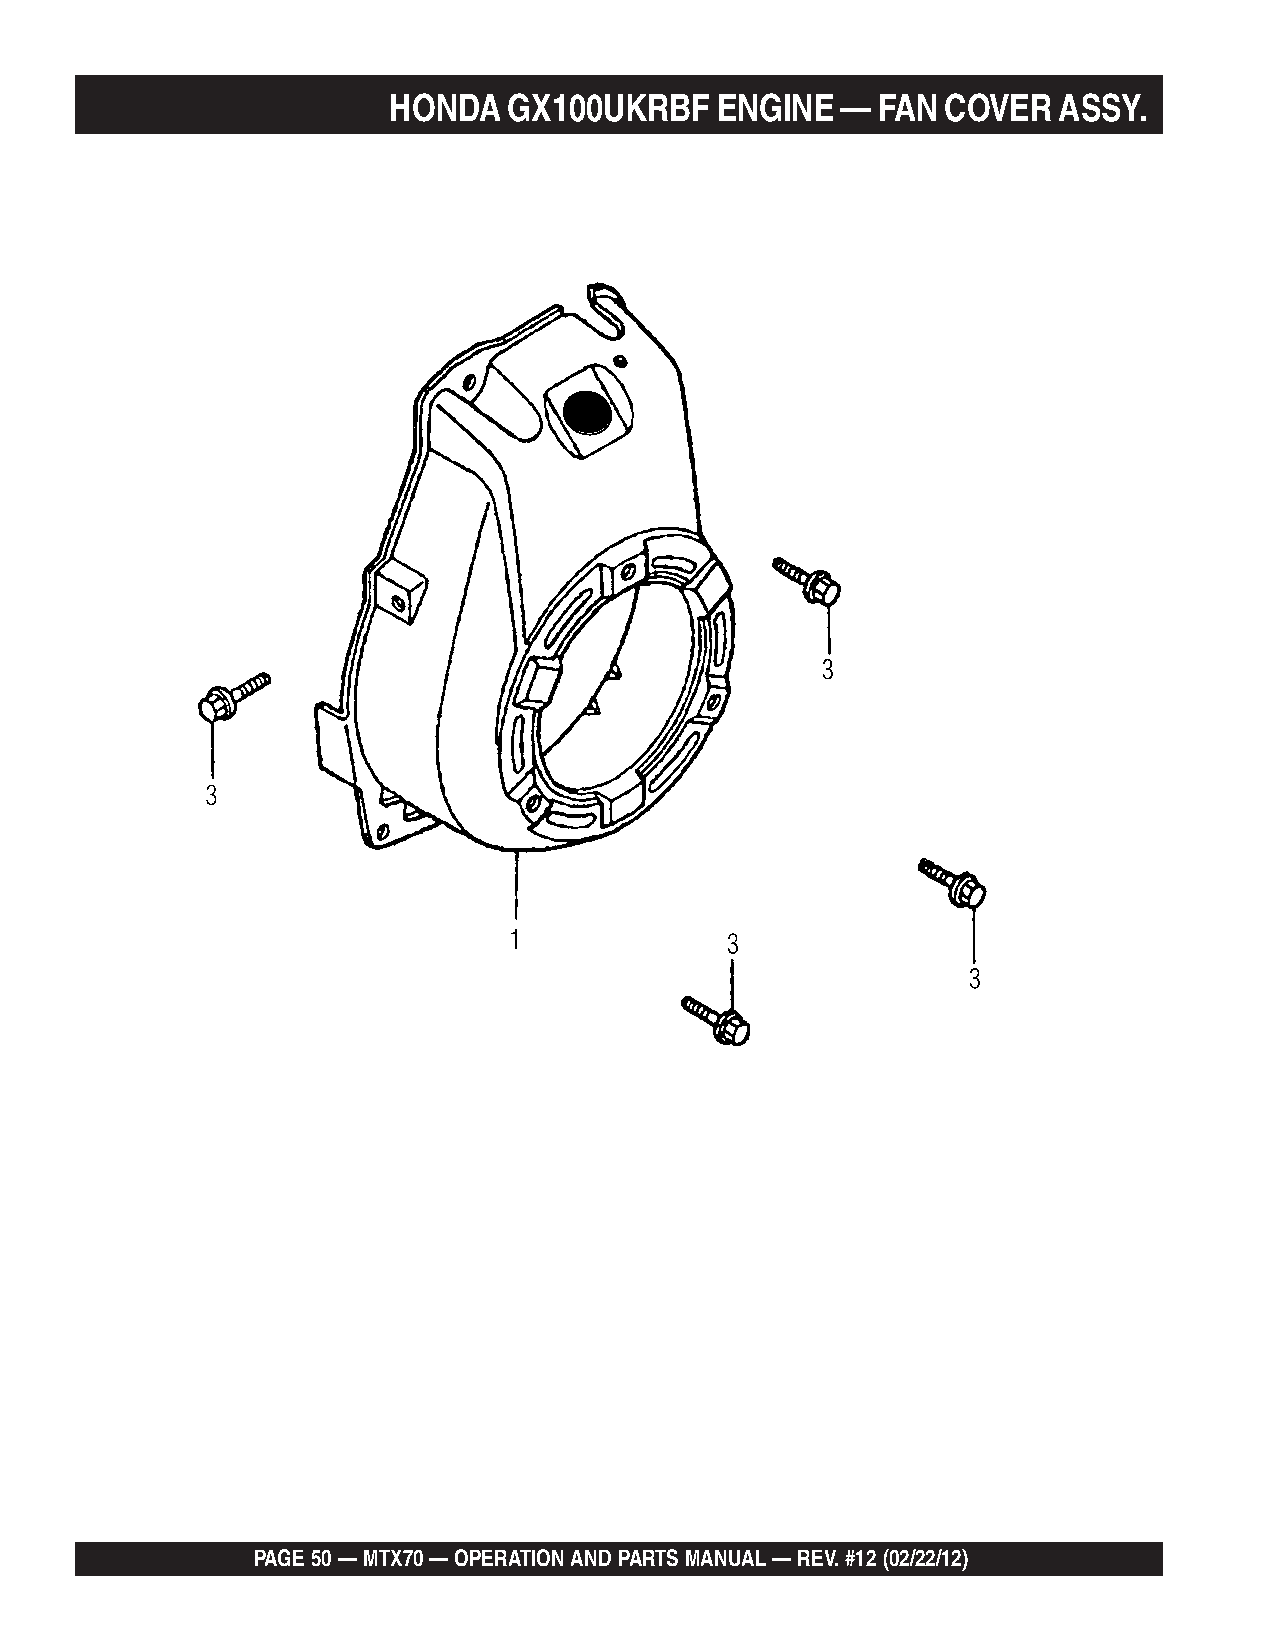
HONDA   GX100UKRBF   ENGINE   — FAN  COVER  ASSY.
 PAGE 50 — MTX70 — OPERATION AND PARTS MANUAL — REV. #12 (02/22/12)